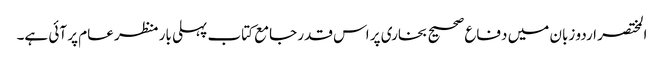
المختصر اردو زبان میں دفاع صحیح بخاری پر اس قدر جامع کتاب پہلی بار منظر عام پر آئی ہے۔